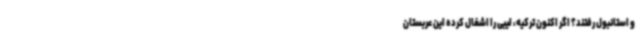
و استانبول رفتند؟ اگر اکنون ترکیه، لیبی را اشغال کرده این عربستان